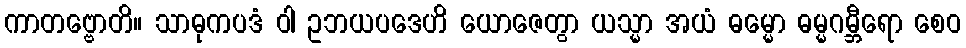
ကာတဗ္ဗောတိ။ သာဓုကပဒံ ဝါ ဥဘယပဒေဟိ ယောဇေတွာ ယသ္မာ အယံ ဓမ္မော ဓမ္မဂမ္ဘီရော စေဝ